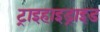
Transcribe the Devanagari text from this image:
ट्राइहाइड्राइड